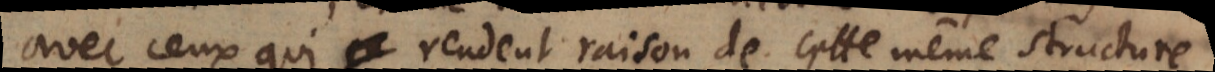
avec ceux qui rendent raison de cette même structure